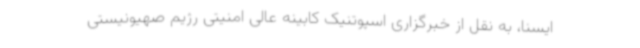
ایسنا، به نقل از خبرگزاری اسپوتنیک کابینه عالی امنیتی رژیم صهیونیستی